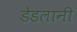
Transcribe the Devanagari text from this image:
डेडलानी